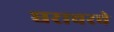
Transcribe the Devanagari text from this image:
घरावरचे